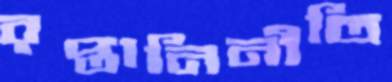
রপ্তানিনীতি